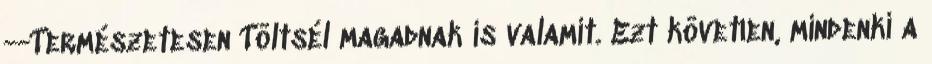
--Természetesen Töltsél magadnak is valamit. Ezt követıen, mindenki a